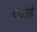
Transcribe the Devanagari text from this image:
शफाई